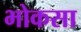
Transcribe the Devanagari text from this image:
भोकसा